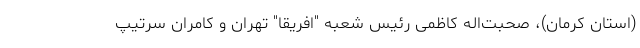
(استان کرمان)، صحبت‌اله کاظمی رئیس شعبه "افریقا" تهران و کامران سرتیپ